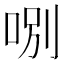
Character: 哵